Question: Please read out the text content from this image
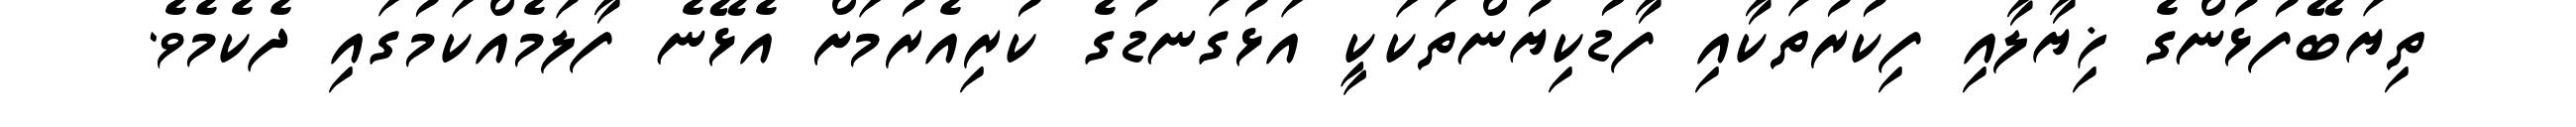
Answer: ތިޔަބޭފުޅުންގެ ޚިޔާލާއި ފިކުރުތަކާއި ފާޑުކިޔުންތަކަކީ އަޅުގަނޑުގެ ކުރިއެރުމަށް އެޅޭނެ ފާލަމެއްކަމުގައި ދެކެމެވެ.